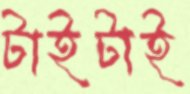
টাইটাই